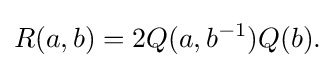
\displaystyle {R(a,b)=2Q(a,b^{-1})Q(b).}